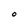
Character: o